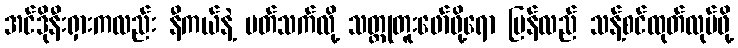
အင်ဒိုနီးရှားကလည်း နီကယ်နဲ့ ပတ်သက်လို့ သတ္တုတူးဖော်ဖို့ရော ပြန်လည် သန့်စင်ထုတ်လုပ်ဖို့